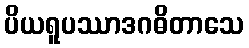
ပိယရူပဿာဒဂဓိတာသေ